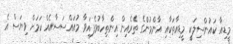
މީޑިއާ ކައުންސިލަކީ މީޑިއާތަކާއި އާންމުންްގެ ތެރެއިން އިންތިހާބުވެފައިވާ މުއައްސަސާއެއް ކަމަށް ވިޔަސް އެ